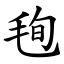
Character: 毥